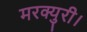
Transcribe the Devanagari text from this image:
मरक्युरी।